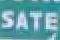
sate